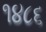
૧૪૮૬